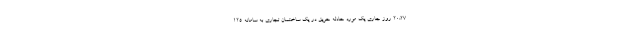
٢٠:٢٧ روز جاری یک مورد حادثه حریق در یک ساختمان تجاری به سامانه ١٢۵